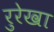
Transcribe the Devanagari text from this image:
रुरेखा